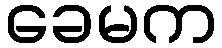
ခေမက